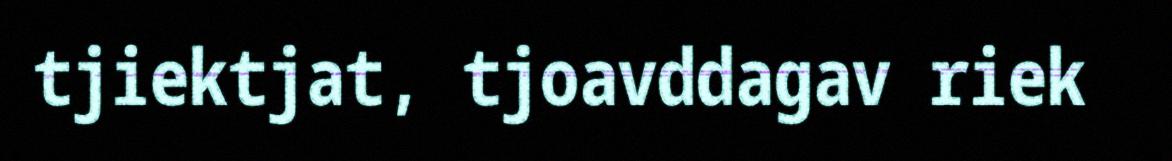
tjiektjat, tjoavddagav riek